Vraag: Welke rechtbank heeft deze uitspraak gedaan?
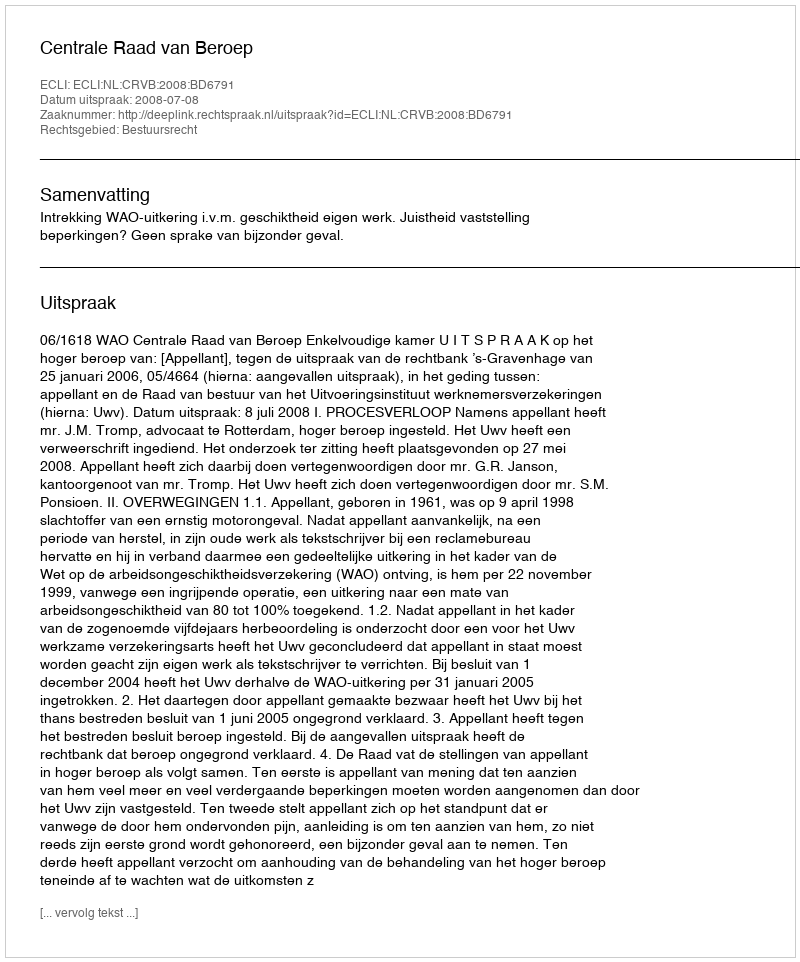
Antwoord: Centrale Raad van Beroep